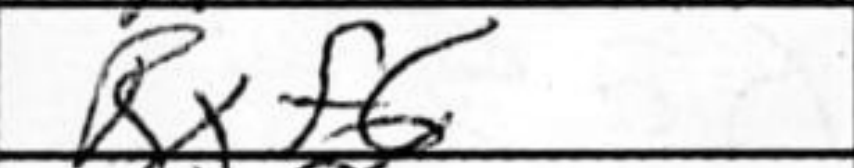
Transcription: Rxf6